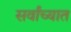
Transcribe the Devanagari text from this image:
सर्वांच्यात